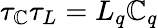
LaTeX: \tau_{\mathbb{C}}\tau_{L}=L_{q}\mathbb{C}_{q}